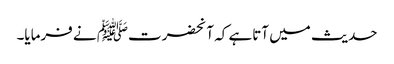
حدیث میں آتاہے کہ آنحضرتﷺ نے فرمایا۔